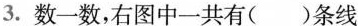
3.数一数，右图中一共有( )条线